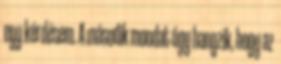
egy kérdésem. A második mondat úgy hangzik, hogy az